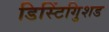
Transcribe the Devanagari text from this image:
डिस्टिंगुिशड